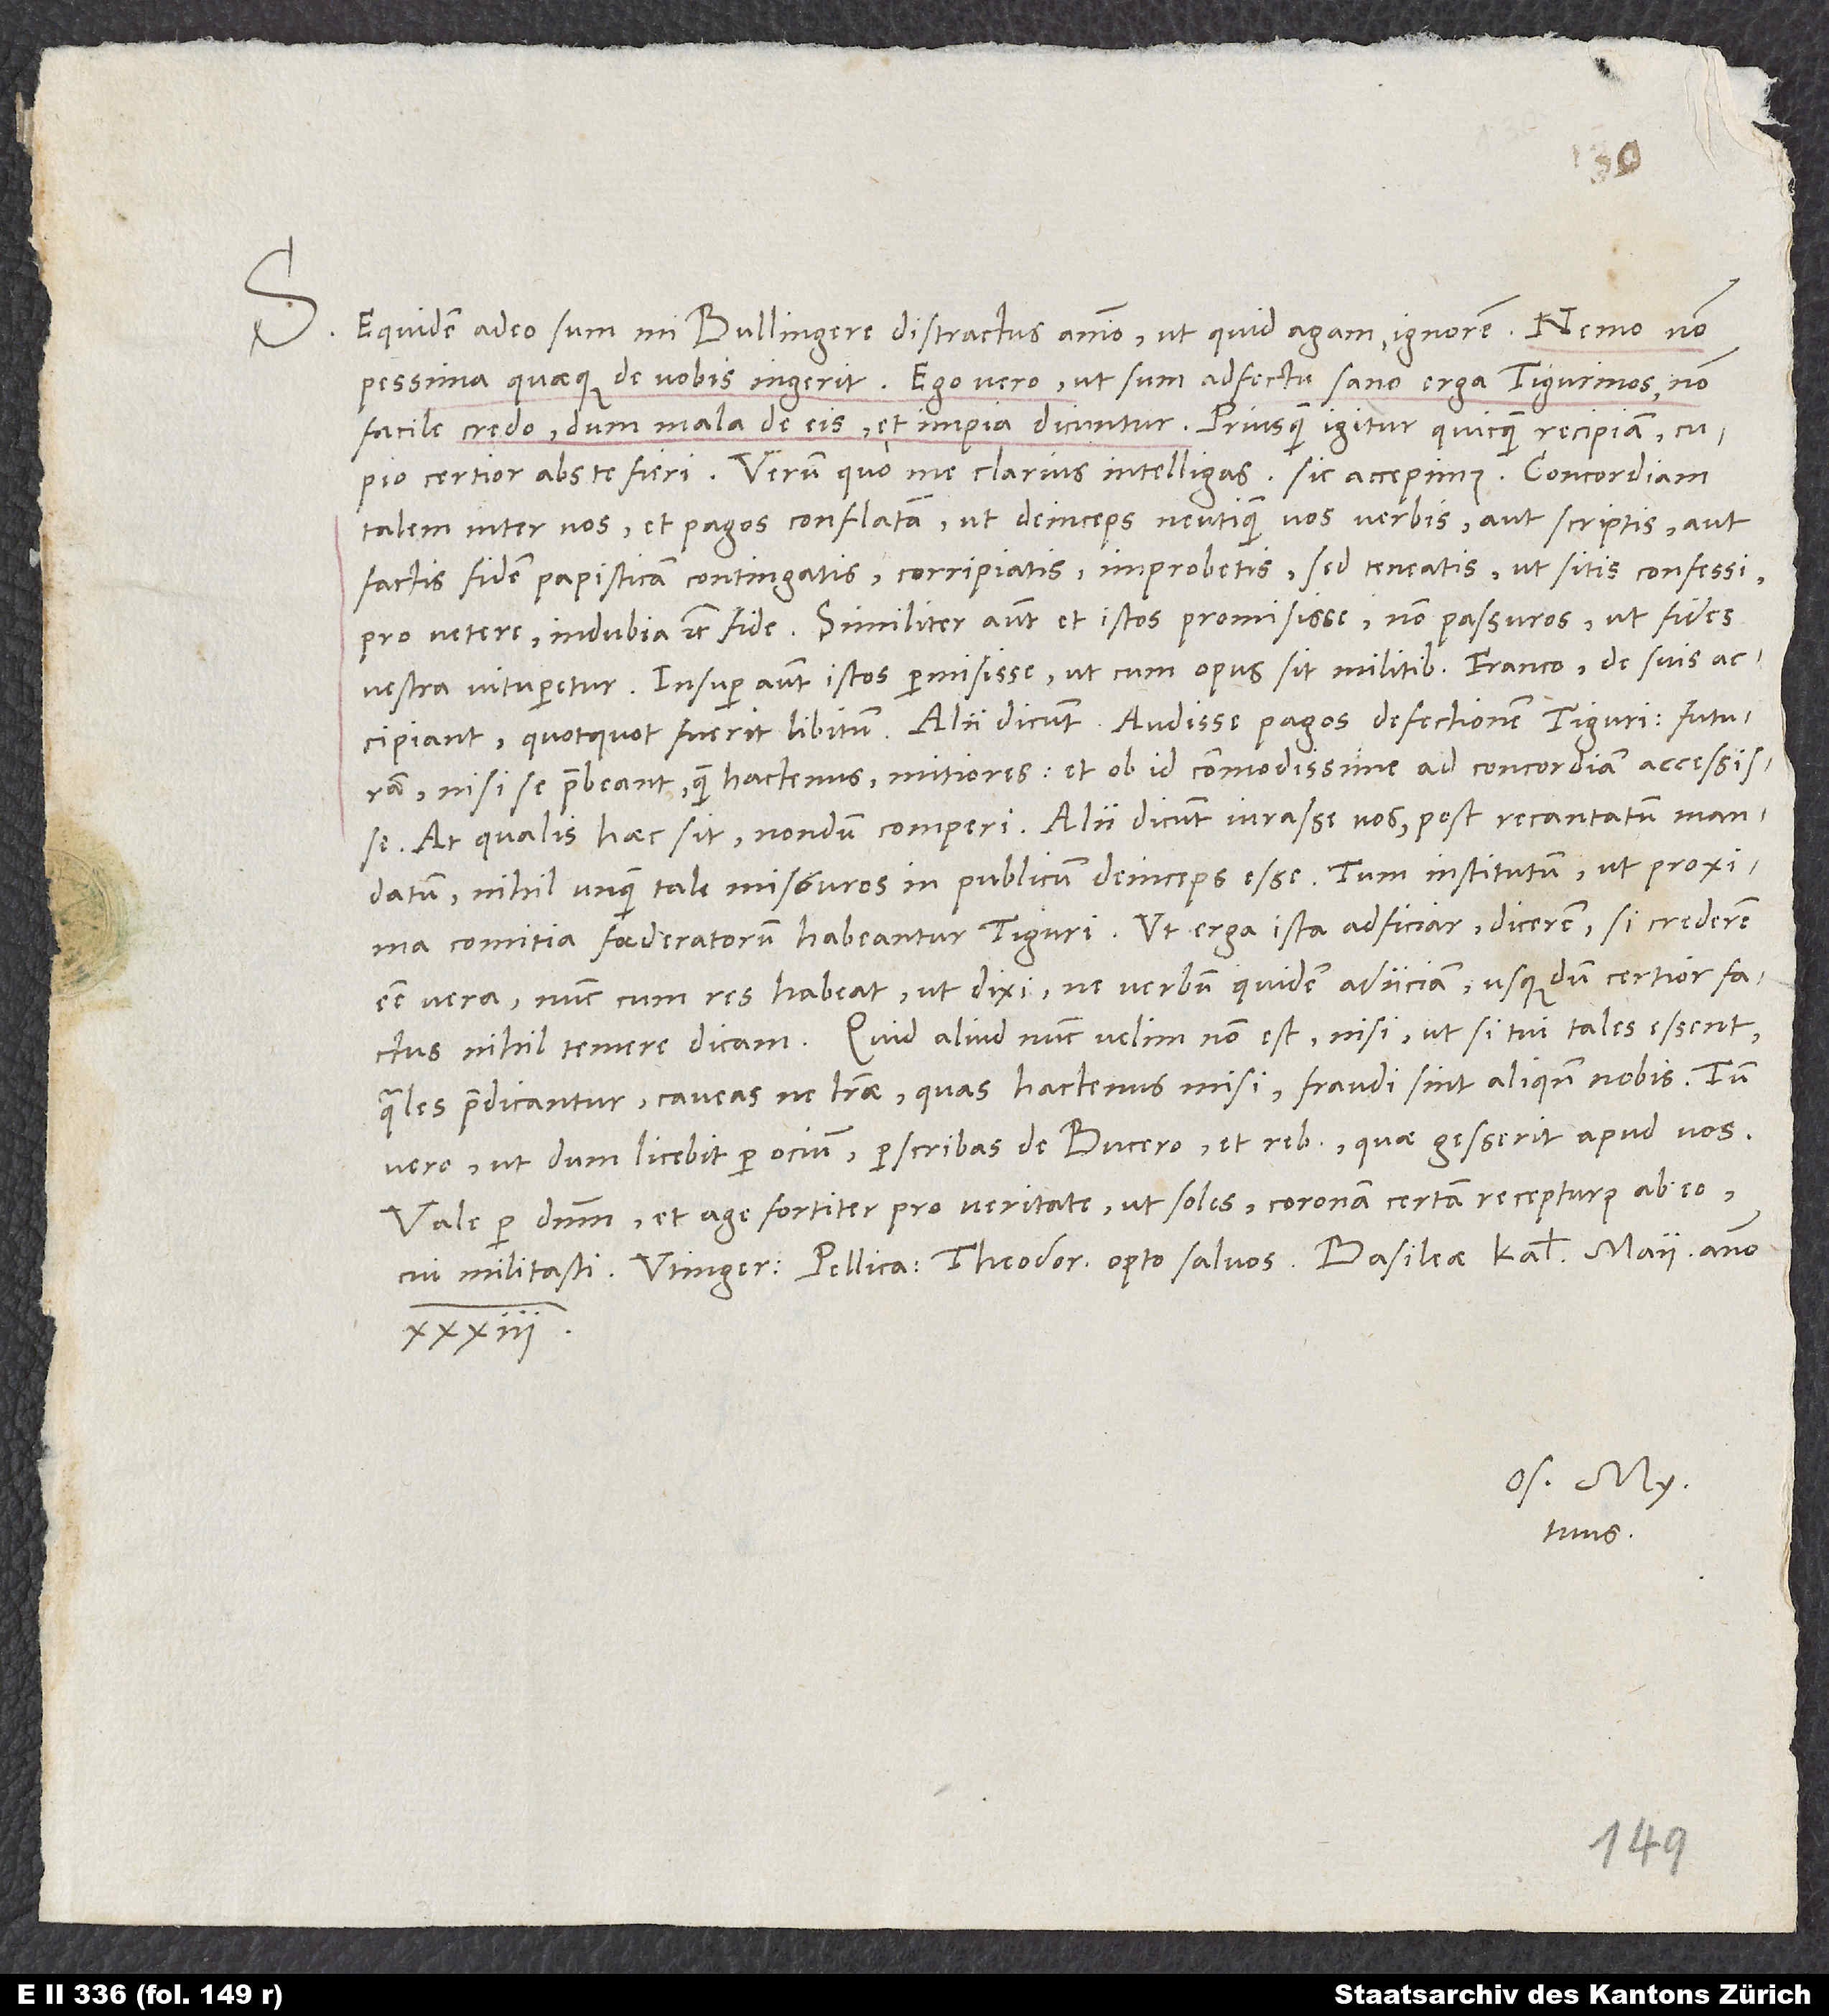
S. Equidem adeo sum, mi Bullingere, distractus animo, ut quid agam, ignorem. Nemo non
pessima quaeque de vobis ingerit. Ego vero, ut sum adfectu sano erga Tigurinos, non
facile credo, dum mala de eis et impia dicuntur. Priusquam igitur quicquam recipiam, cupio
certior abs te fieri. Verum quo me clarius intelligas, sic accepimus: Concordiam
talern inter vos et Pagos conflatam, ut deinceps neutiquam vos verbis aut scriptis aut
factis fidem papisticam contingatis, corripiatis, improbetis, sed teneatis, ut sitis confessi,
pro vetere, indubia etc. fide. Similiter autem et istos promisisse non passuros, ut fides
vestra vituperetur. Insuper autem istos permisisse, ut cum opus sit militibus Franco, de suis
accipiant, quotquot fuerit libitum. Alii dicunt audisse Pagos defectionem Tigur futuram,
nisi se praebeant quam hactenus mitiores, et ob id commodissime ad concordiam accessisse.
At qualis haec sit, nondum comperi. Alii dicunt iurasse vos post recantatum mandatum
nihil unquam tale missuros in publicum deinceps esse. Tum institutum, ut proxima
esse vera. Nunc cum res habeat, ut dixi, ne verbum quidem adiiciam. Usque dum certior factus,
nihil temere dicam. Quid aliud nunc velim, non est, nisi ut, si tui tales essent,
quales praedicantur, caveas, ne literae, quas hactenus misi, fraudi sint aliquando nobis, tum
vero, ut dum licebit per ocium, perscribas de Bucero et rebus, quae gesserit apud vos.
Vale per dominum et age fortiter pro veritate, ut soles, coronam certam recepturus ab eo,
Os. My.
tuus.